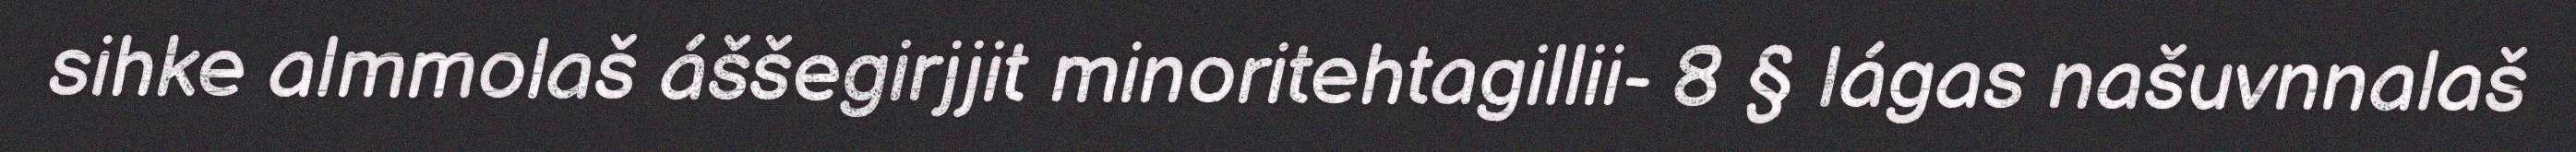
sihke almmolaš áššegirjjit minoritehtagillii- 8 § lágas našuvnnalaš